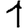
Digit: 1